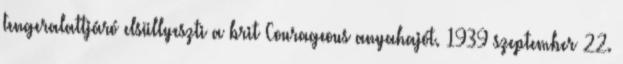
tengeralattjáró elsüllyeszti a brit Courageous anyahajót. 1939 szeptember 22.